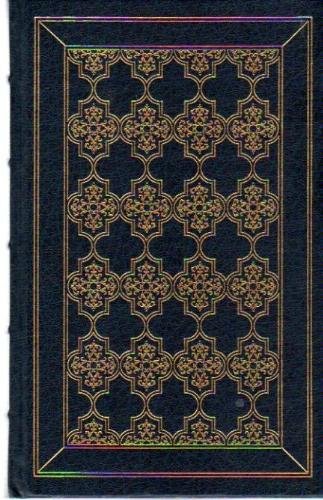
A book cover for Paradise Lost; John Milton; Christian Books & Bibles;